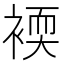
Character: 䙇